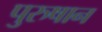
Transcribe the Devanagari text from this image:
पुरुषान